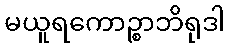
မယူရကောဉ္စာဘိရုဒါ